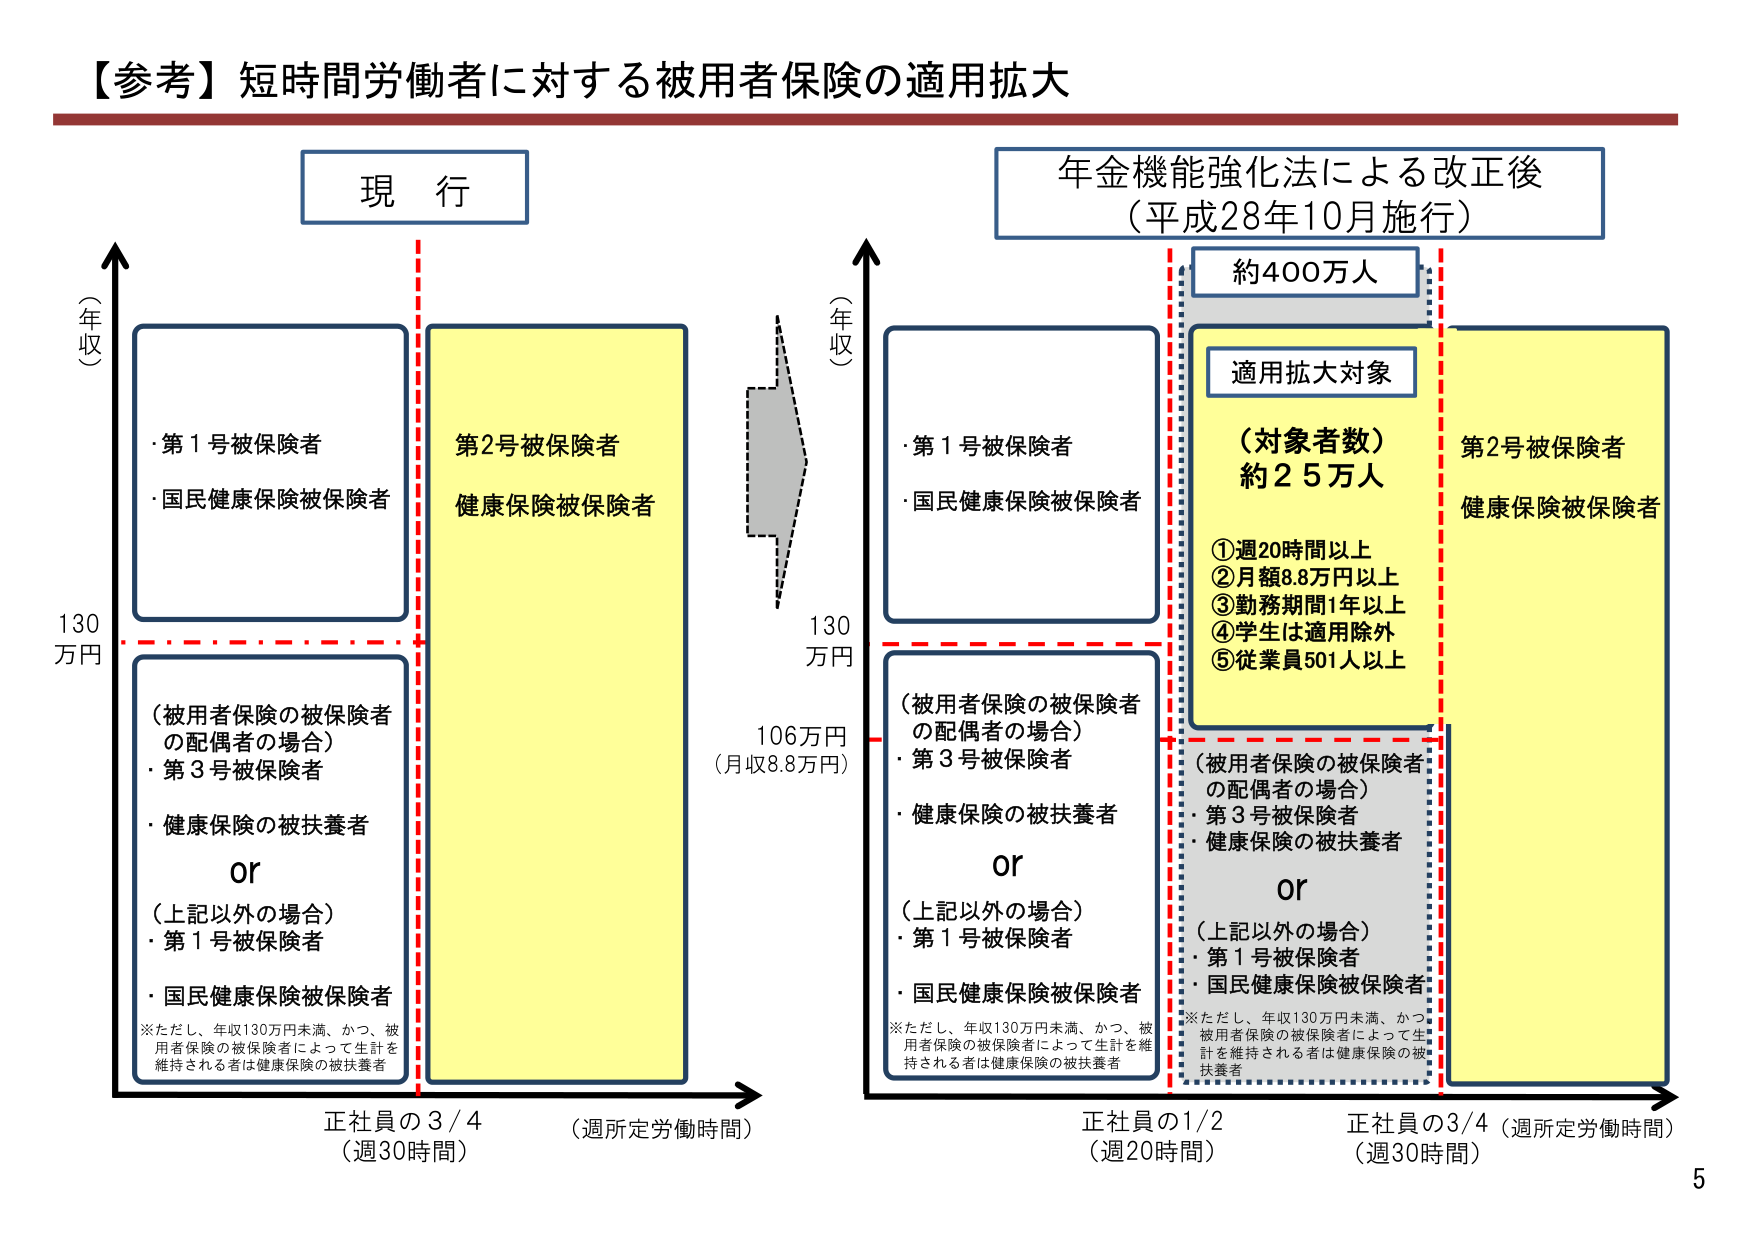
【参考】短時間労働者に対する被用者保険の適用拡大

現行

（年収）
130万円

・第1号被保険者
・国民健康保険被保険者

（被用者保険の被保険者の配偶者の場合）
・第3号被保険者
・健康保険の被扶養者
or
（上記以外の場合）
・第1号被保険者
・国民健康保険被保険者

※ただし、年収130万円未満、かつ、被用者保険の被保険者によって生計を維持される者は健康保険の被扶養者

第2号被保険者
健康保険被保険者

正社員の3/4
（週30時間）

（週所定労働時間）

年金機能強化法による改正後
（平成28年10月施行）

（年収）
130万円

・第1号被保険者
・国民健康保険被保険者

（被用者保険の被保険者の配偶者の場合）
・第3号被保険者
・健康保険の被扶養者
or
（上記以外の場合）
・第1号被保険者
・国民健康保険被保険者

※ただし、年収130万円未満、かつ、被用者保険の被保険者によって生計を維持される者は健康保険の被扶養者

適用拡大対象
（対象者数）約25万人
①週20時間以上
②月額8.8万円以上
③勤務期間1年以上
④学生は適用除外
⑤従業員501人以上

（被用者保険の被保険者の配偶者の場合）
・第3号被保険者
・健康保険の被扶養者
or
（上記以外の場合）
・第1号被保険者
・国民健康保険被保険者

※ただし、年収130万円未満、かつ、被用者保険の被保険者によって生計を維持される者は健康保険の被扶養者

第2号被保険者
健康保険被保険者

正社員の1/2
（週20時間）

正社員の3/4（週所定労働時間）
（週30時間）

約400万人

106万円
（月収8.8万円）

5